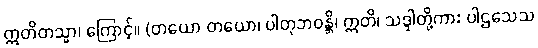
ဣတိတသ္မာ၊ ကြောင့်။ (တယော တယော၊ ပါတုဘဝန္တိ၊ ဣတိ၊ သဒ္ဒါတို့ကား ပါဌသေသ